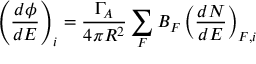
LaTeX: \left( \frac { d \phi } { d E } \right) _ { i } = \frac { \Gamma _ { A } } { 4 \pi R ^ { 2 } } \sum _ { F } B _ { F } \left( \frac { d N } { d E } \right) _ { F , i }